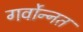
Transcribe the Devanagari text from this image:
गर्वोन्‍नत